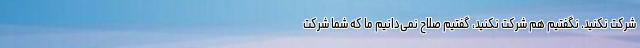
شرکت نکنید. نگفتیم هم شرکت نکنید، گفتیم صلاح نمی‌دانیم ما که شما شرکت